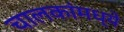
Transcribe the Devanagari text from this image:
चालकांमध्ये